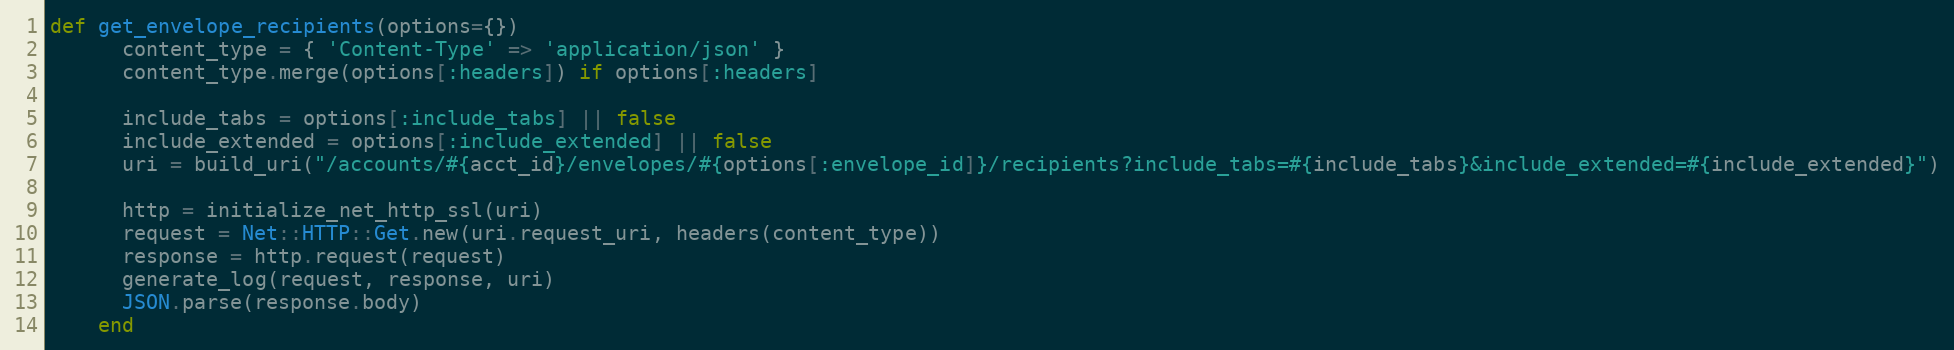
Language: Ruby
def get_envelope_recipients(options={})
      content_type = { 'Content-Type' => 'application/json' }
      content_type.merge(options[:headers]) if options[:headers]

      include_tabs = options[:include_tabs] || false
      include_extended = options[:include_extended] || false
      uri = build_uri("/accounts/#{acct_id}/envelopes/#{options[:envelope_id]}/recipients?include_tabs=#{include_tabs}&include_extended=#{include_extended}")

      http = initialize_net_http_ssl(uri)
      request = Net::HTTP::Get.new(uri.request_uri, headers(content_type))
      response = http.request(request)
      generate_log(request, response, uri)
      JSON.parse(response.body)
    end